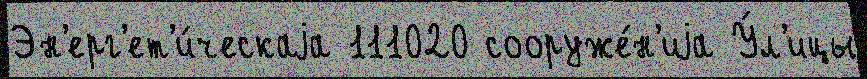
Эн'ерг'ет'и́ческаjа 111020 сооруже́н'иjа У́л'ицы